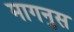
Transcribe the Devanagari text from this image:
मागनुस